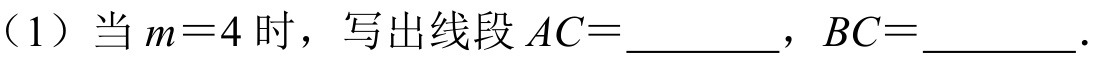
（1）当\(m = 4\)时，写出线段\(AC=\_\_\_\_\_\_\)，\(BC=\_\_\_\_\_\_\)．